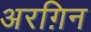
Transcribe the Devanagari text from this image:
अरग़िन